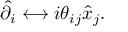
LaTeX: \hat { \partial _ { i } } \longleftrightarrow i \theta _ { i j } \hat { x } _ { j } .